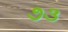
૭૩